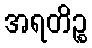
အရတိဉ္စ